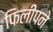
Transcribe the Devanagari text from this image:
फिलीपने